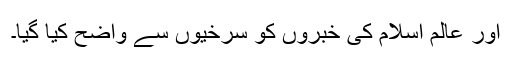
اور عالم اسلام کی خبروں کو سرخیوں سے واضح کیا گیا۔